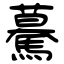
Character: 驀